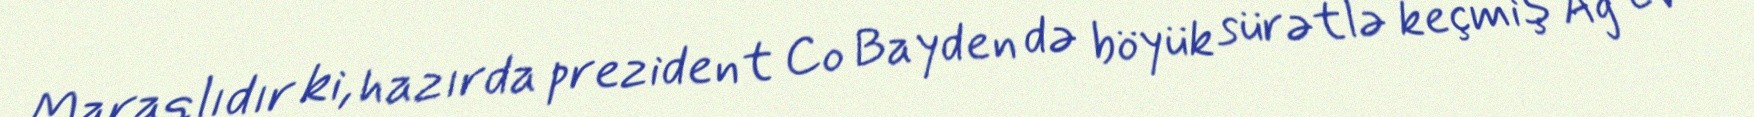
Maraqlıdır ki, hazırda prezident Co Bayden də böyük sürətlə keçmiş Ağ Ev